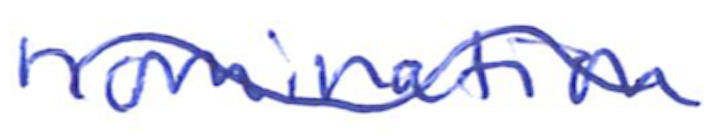
Text: nomination
Cross-out: mix
Writing tool: ballpoint